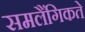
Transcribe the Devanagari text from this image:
समलैंगिकते